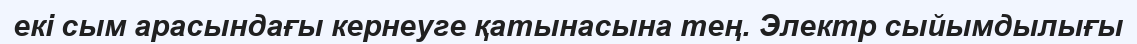
екі сым арасындағы кернеуге қатынасына тең. Электр сыйымдылығы